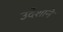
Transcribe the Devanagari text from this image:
उदेशाने